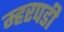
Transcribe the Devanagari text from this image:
म्हरपडी